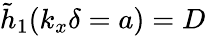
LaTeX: \tilde{h}_{1}(k_{x}\delta=a)=D